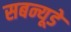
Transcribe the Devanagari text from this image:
सबन्यूडे